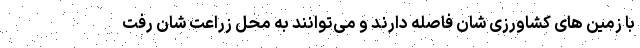
با زمین های کشاورزی شان فاصله دارند و می‌توانند به محل زراعت شان رفت